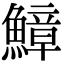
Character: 鱆